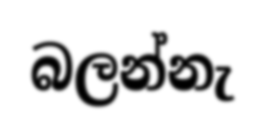
බලන්නැ